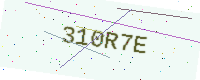
Text: 310R7E